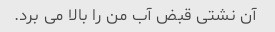
آن نشتی قبض آب من را بالا می برد.